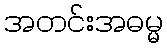
အတင်းအဓမ္မ